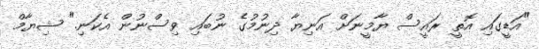
"އަޑީގައި އޮތީ ރައީސް ޔާމީނަށް އަނިޔާ ދިނުމުގެ ނުބައި ވިސްނުން އެކަނި." ޝިޔާމް